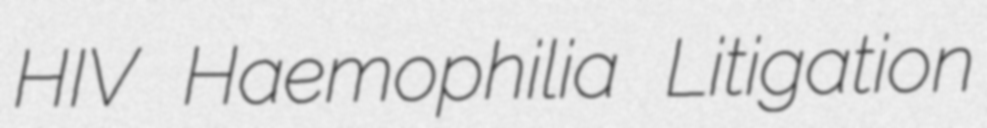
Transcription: HIV Haemophilia Litigation